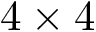
4 \times 4